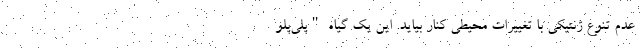
عدم تنوع ژنتیکی با تغییرات محیطی کنار بیاید. این یک گیاه "پلی‌پلو